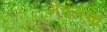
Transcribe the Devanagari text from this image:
मेंडलचा